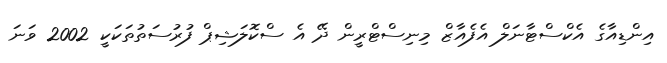
އިންޑިއާގެ އެކްސްޓާނަލް އެފެއާޒް މިނިސްޓްރީން ދޭ އެ ސްކޮލަޝިޕް ފުރުސަތުތަކަކީ 2002 ވަނަ